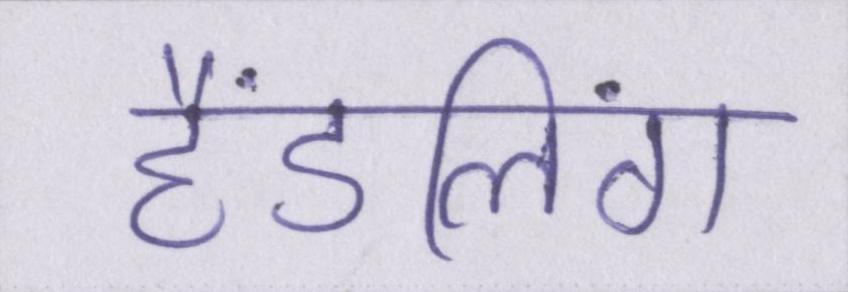
हैंडलिंग